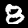
Digit: 8